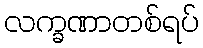
လက္ခဏာတစ်ရပ်